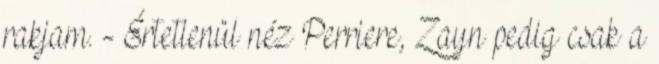
rakjam. - Értetlenül néz Perriere, Zayn pedig csak a